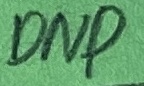
Text: DNP